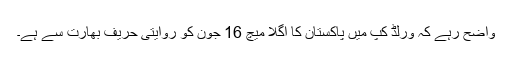
واضح رہے کہ ورلڈ کپ میں پاکستان کا اگلا میچ 16 جون کو روایتی حریف بھارت سے ہے۔